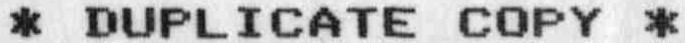
* DUPLICATE COPY *